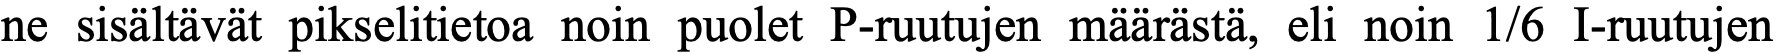
ne sisältävät pikselitietoa noin puolet P-ruutujen määrästä, eli noin 1/6 I-ruutujen